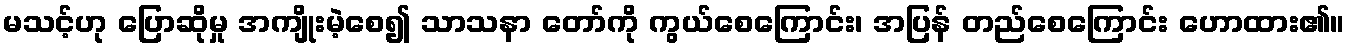
မသင့်ဟု ပြောဆိုမှု အကျိုးမဲ့စေ၍ သာသနာ တော်ကို ကွယ်စေကြောင်း၊ အပြန် တည်စေကြောင်း ဟောထား၏။